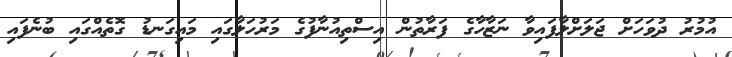
އުމުރު ދުވަހަށް ޖަލަށްލާފައިވާ ނަޒާހާގެ ފަރާތުން އިސްތިއުނާފުގެ މަރުހަލާގައި މައިގަނޑު ގޮތެއްގައި ބުނެފައި